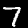
Label: 7